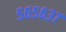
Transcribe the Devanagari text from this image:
५६५६३७